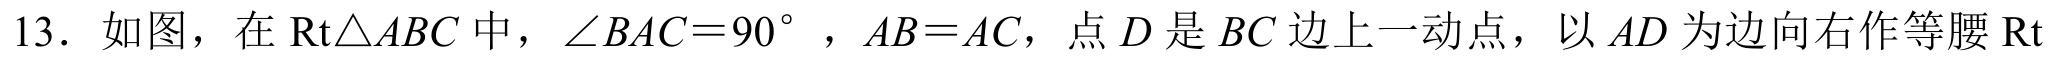
13. 如图，在\(\text{Rt}\triangle ABC\)中，\(\angle BAC = 90^{\circ}\)，\(AB = AC\)，点\(D\)是\(BC\)边上一动点，以\(AD\)为边向右作等腰\(\text{Rt}\)